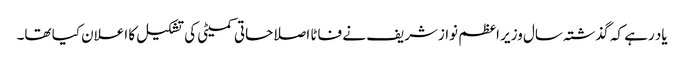
یاد رہے کہ گذشتہ سال وزیر اعظم نوازشریف نے فاٹا اصلاحاتی کمیٹی کی تشکیل کا اعلان کیا تھا۔